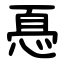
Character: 㥑